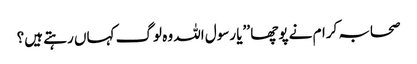
صحابہ کرام نے پوچھا ’’یا رسول اللہ وہ لوگ کہاں رہتے ہیں؟